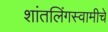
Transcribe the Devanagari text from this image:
शांतलिंगस्वामीचे